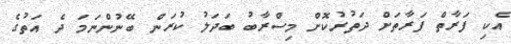
އެކި ފަރާތް ފަރާތަށް ދަތުރުކޮށް މިސްރާބު ބަދަލު ކުރަން ބޭނުންނަމަ ދެ އަތުގެ